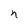
Character: n